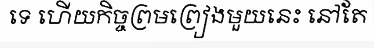
ទេ ហើយកិច្ចព្រមព្រៀងមួយនេះ នៅតែ